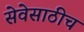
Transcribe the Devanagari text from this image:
सेवेसाठीच